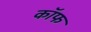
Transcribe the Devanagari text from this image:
कॉफ